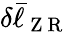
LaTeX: \delta\bar{\ell}_{\mathrm{~Z~R~}}